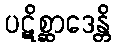
ပဋိစ္ဆာဒေန္တိ